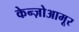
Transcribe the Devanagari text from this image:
केन्ज़ोआमूर